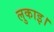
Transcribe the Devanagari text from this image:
लुकाइ।